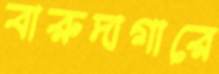
বারুদাগারে